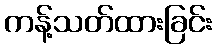
ကန့်သတ်ထားခြင်း